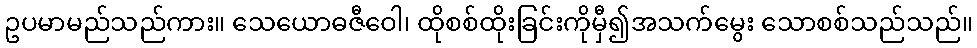
ဥပမာမည်သည်ကား။ သေယောဓဇီဝေါ၊ ထိုစစ်ထိုးခြင်းကိုမှီ၍အသက်မွေး သောစစ်သည်သည်။